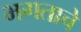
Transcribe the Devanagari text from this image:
भगताचे